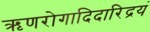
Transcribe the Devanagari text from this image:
ऋणरोगादिदारिद्रयं